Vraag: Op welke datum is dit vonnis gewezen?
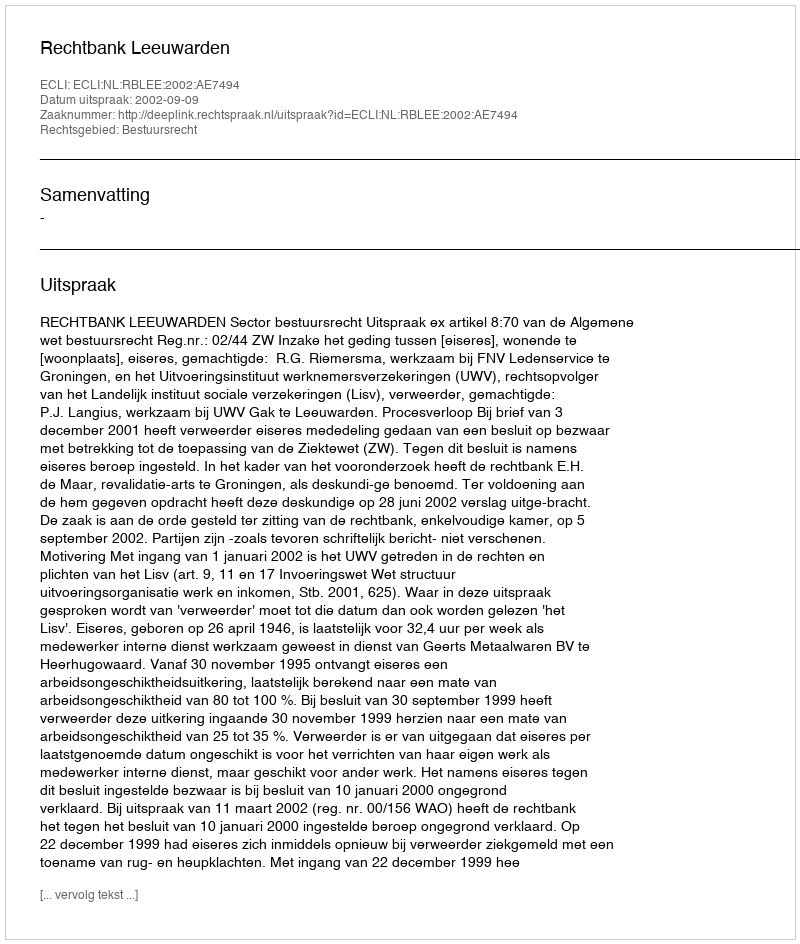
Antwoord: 2002-09-09